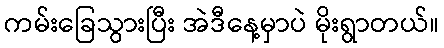
ကမ်းခြေသွားပြီး အဲဒီနေ့မှာပဲ မိုးရွာတယ်။